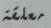
معلقة